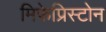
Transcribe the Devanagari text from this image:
मिफेप्रिस्टोन